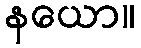
နယော။